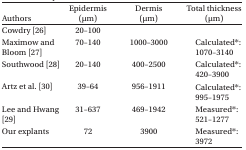
| Authors | Epidermis (μm) | Dermis (μm) | Total thickness (μm) |
 | --- | --- | --- | --- |
 | Cowdry [26] | 20–100 |  |  |
 | Maximow and Bloom [27] | 70–140 | 1000–3000 | Calculated*: 1070–3140 |
 | Southwood [28] | 20–140 | 400–2500 | Calculated*: 420–3900 |
 | Artz et al. [30] | 39–64 | 956–1911 | Calculated*: 995–1975 |
 | Lee and Hwang [29] | 31–637 | 469–1942 | Measured*: 521–1277 |
 | Our explants | 72 | 3900 | Measured*: 3972 |